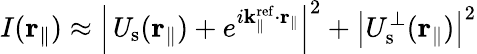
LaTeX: I({\mathbf r}_{\parallel})\approx\left|\mathit U_{\mathrm{s}}({\mathbf r}_{\parallel})+e^{i{\mathbf k}_{\parallel}^{\mathrm{ref}}\cdot{\mathbf r}_{\parallel}}\right|^{2}+\left|U_{\mathrm{s}}^{\perp}({\mathbf r}_{\parallel})\right|^{2}